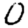
Digit: 0